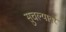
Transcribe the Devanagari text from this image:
सुचल्यावर